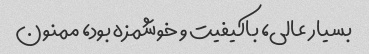
بسیار عالی، باکیفیت و خوشمزه بود، ممنون